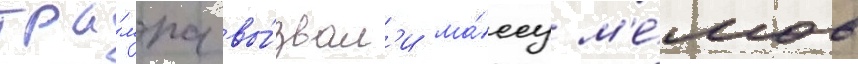
тра́мпа вы́звал'и ма́ссу м'е́мов